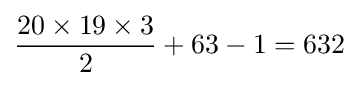
{{20\times 19\times 3} \over 2}+63-1=632